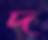
দ